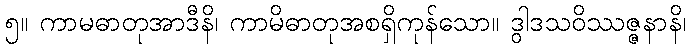
၅။ ကာမဓာတုအာဒီနိ၊ ကာမိဓာတုအစရှိကုန်သော။ ဒွါဒသဝိဿဇ္ဇနာနိ၊